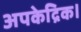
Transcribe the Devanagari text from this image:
अपकेद्रिक।